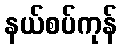
နယ်စပ်ကုန်